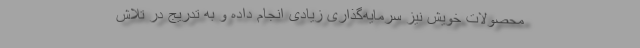
محصولات خویش نیز سرمایه‌گذاری زیادی انجام داده و به تدریج در تلاش